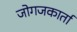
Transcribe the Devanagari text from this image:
जोगजकार्ता